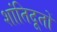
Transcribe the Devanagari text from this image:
शांतिदूतों